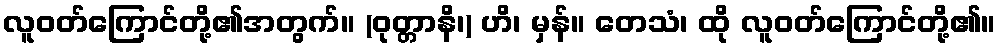
လူဝတ်ကြောင်တို့၏အတွက်။ (ဝုတ္တာနိ၊) ဟိ၊ မှန်။ တေသံ၊ ထို လူဝတ်ကြောင်တို့၏။